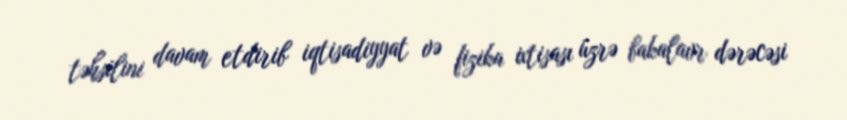
təhsilini davam etdirib iqtisadiyyat və fizika ixtisası üzrə bakalavr dərəcəsi